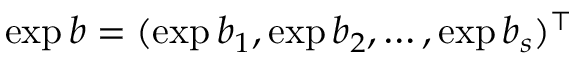
\exp \boldsymbol { b } = ( \exp b _ { 1 } , \exp b _ { 2 } , \dots , \exp b _ { s } ) ^ { \intercal }